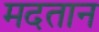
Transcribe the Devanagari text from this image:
मदतान